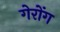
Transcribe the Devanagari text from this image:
गेरोंग